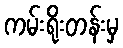
ကမ်းရိုးတန်းမှ